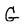
Character: G